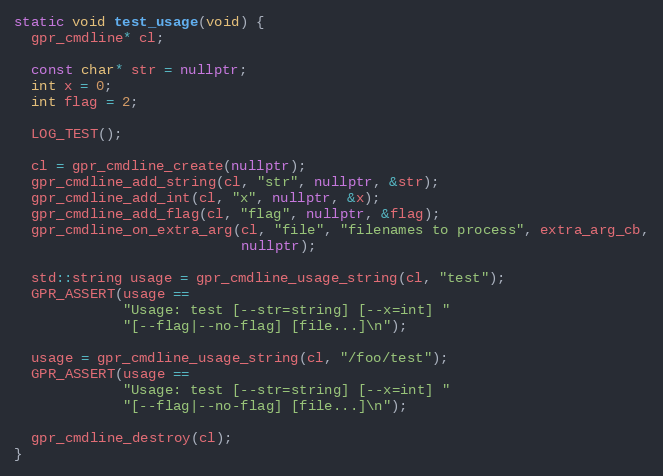
Language: C++
static void test_usage(void) {
  gpr_cmdline* cl;

  const char* str = nullptr;
  int x = 0;
  int flag = 2;

  LOG_TEST();

  cl = gpr_cmdline_create(nullptr);
  gpr_cmdline_add_string(cl, "str", nullptr, &str);
  gpr_cmdline_add_int(cl, "x", nullptr, &x);
  gpr_cmdline_add_flag(cl, "flag", nullptr, &flag);
  gpr_cmdline_on_extra_arg(cl, "file", "filenames to process", extra_arg_cb,
                           nullptr);

  std::string usage = gpr_cmdline_usage_string(cl, "test");
  GPR_ASSERT(usage ==
             "Usage: test [--str=string] [--x=int] "
             "[--flag|--no-flag] [file...]\n");

  usage = gpr_cmdline_usage_string(cl, "/foo/test");
  GPR_ASSERT(usage ==
             "Usage: test [--str=string] [--x=int] "
             "[--flag|--no-flag] [file...]\n");

  gpr_cmdline_destroy(cl);
}